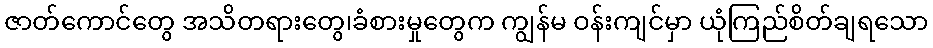
ဇာတ်ကောင်တွေ အသိတရားတွေ၊ခံစားမှုတွေက ကျွန်မ ဝန်းကျင်မှာ ယုံကြည်စိတ်ချရသော